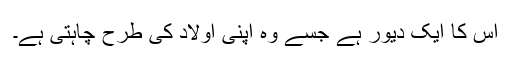
اس کا ایک دیور ہے جسے وہ اپنی اولاد کی طرح چاہتی ہے۔